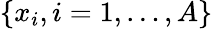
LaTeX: \{ x_{i},i=1,\dots,A\}